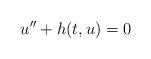
LaTeX: \begin{align*}u'' + h(t,u) = 0\end{align*}